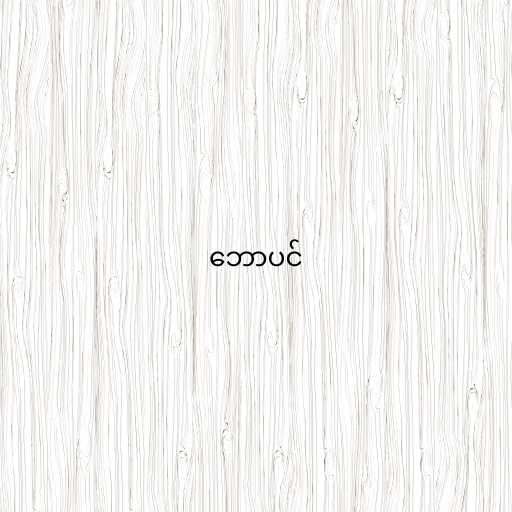
ဘောပင်